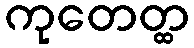
ကုတေတ္ထ